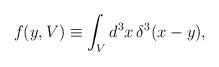
LaTeX: \begin{align*}f(y,V) \equiv \int_{V}d^3x \,\delta^{3}(x-y), \end{align*}